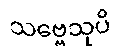
သဗ္ဗေသုပိ